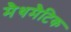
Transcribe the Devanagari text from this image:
मैथमैटिक